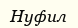
Нуфил